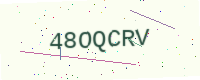
Text: 48OQCRV